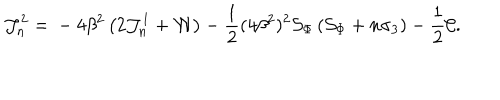
\mathcal J _ { n } ^ { 2 } = { } - 4 \beta ^ { 2 } \left( 2 \mathcal J _ { n } ^ { 1 } + { \cal W } \right) - \frac { 1 } { 2 } ( 4 \beta ^ { 2 } ) ^ { 2 } { \cal S } _ { \Phi } \left( { \cal S } _ { \Phi } + n \sigma _ { 3 } \right) - \frac 1 2 { \cal C } .